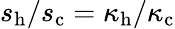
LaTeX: s_{\mathrm{h}}/s_{\mathrm{c}}=\kappa_{\mathrm{h}}/\kappa_{\mathrm{c}}